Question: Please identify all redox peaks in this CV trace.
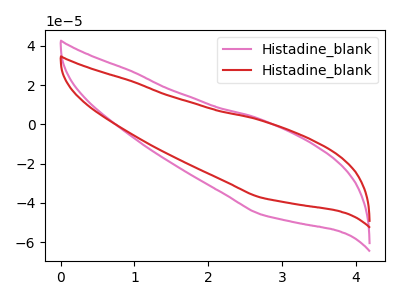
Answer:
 <answer>The pink curve "Histadine_blank1" has no peaks. The red curve "Histadine_blank2" has no peaks.</answer>
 <eval></eval>